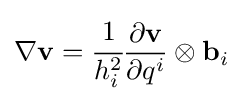
\nabla \mathbf {v} ={\cfrac {1}{h_{i}^{2}}}{\partial \mathbf {v}  \over \partial q^{i}}\otimes \mathbf {b} _{i}